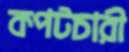
কপটচারী